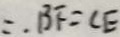
\therefore B F = C E